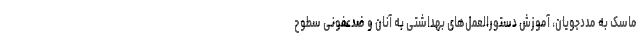
ماسک به مددجویان، آموزش دستورالعمل‌های بهداشتی به آنان و ضدعفونی سطوح